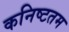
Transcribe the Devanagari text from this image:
कनिष्टतम